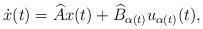
LaTeX: \begin{align*}\dot{x}(t)=\widehat{A}x(t)+\widehat{B}_{\alpha(t)}u_{\alpha(t)}(t),\end{align*}